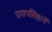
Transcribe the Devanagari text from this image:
प्रतापसिंहानें